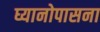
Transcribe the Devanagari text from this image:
घ्यानोपासना